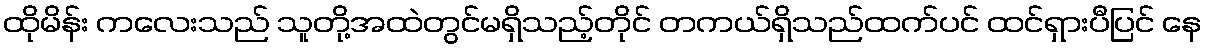
ထိုမိန်း ကလေးသည် သူတို့အထဲတွင်မရှိသည့်တိုင် တကယ်ရှိသည်ထက်ပင် ထင်ရှားပီပြင် နေ